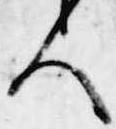
人